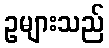
ဥများသည်